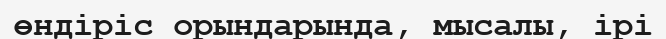
өндіріс орындарында, мысалы, ірі